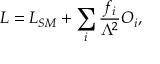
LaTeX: { \cal L } = { \cal L } _ { S M } + \sum _ { i } { \frac { f _ { i } } { \Lambda ^ { 2 } } } { \cal O } _ { i } ,